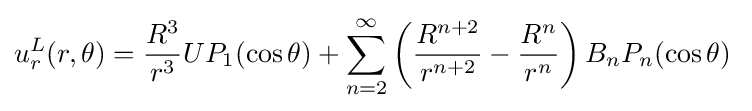
u_{r}^{L}(r,\theta )={\frac {R^{3}}{r^{3}}}UP_{1}(\cos \theta )+\sum _{n=2}^{\infty }\left({\frac {R^{n+2}}{r^{n+2}}}-{\frac {R^{n}}{r^{n}}}\right)B_{n}P_{n}(\cos \theta )\;